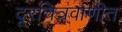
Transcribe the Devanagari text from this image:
दूरचित्रवाणीत